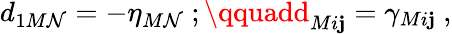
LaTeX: d_{1M\mathcal{N}}=-\eta_{M\mathcal{N}}\ ;\qquadd_{Mi\mathbf{j}}=\gamma_{Mi\mathbf{j}}\ ,